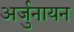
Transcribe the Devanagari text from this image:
अर्जुनायन